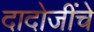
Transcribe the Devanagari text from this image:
दादोजींचे